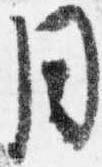
同